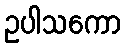
ဥပါသကော